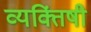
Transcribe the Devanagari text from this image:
व्यक्तिंषी